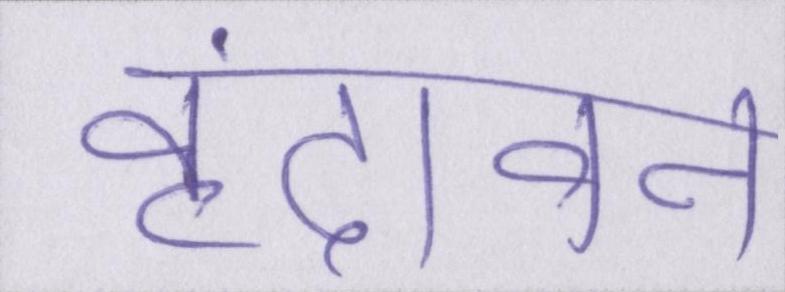
वृंदावन